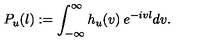
P _ { u } ( l ) : = \int _ { - \infty } ^ { \infty } h _ { u } ( v ) \: e ^ { - i v l } d v .